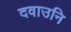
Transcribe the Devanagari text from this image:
दवाउनि